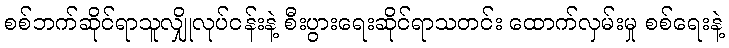
စစ်ဘက်ဆိုင်ရာသူလျှိုလုပ်ငန်းနဲ့ စီးပွားရေးဆိုင်ရာသတင်း ထောက်လှမ်းမှု စစ်ရေးနဲ့